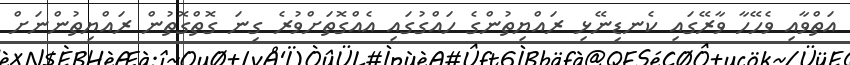
އަތްވާއި ވެހޭހާ ވާރޭގައި ކެނޑިނޭޅި ރައްޔިތުންގެ ހައްގުގައި އެއްގޮތަށްވުރެ ގިނަ ގޮތްގޮތުން ރައްޔިތުންނަށް